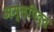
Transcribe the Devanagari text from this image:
अम्‍लपित्‍त